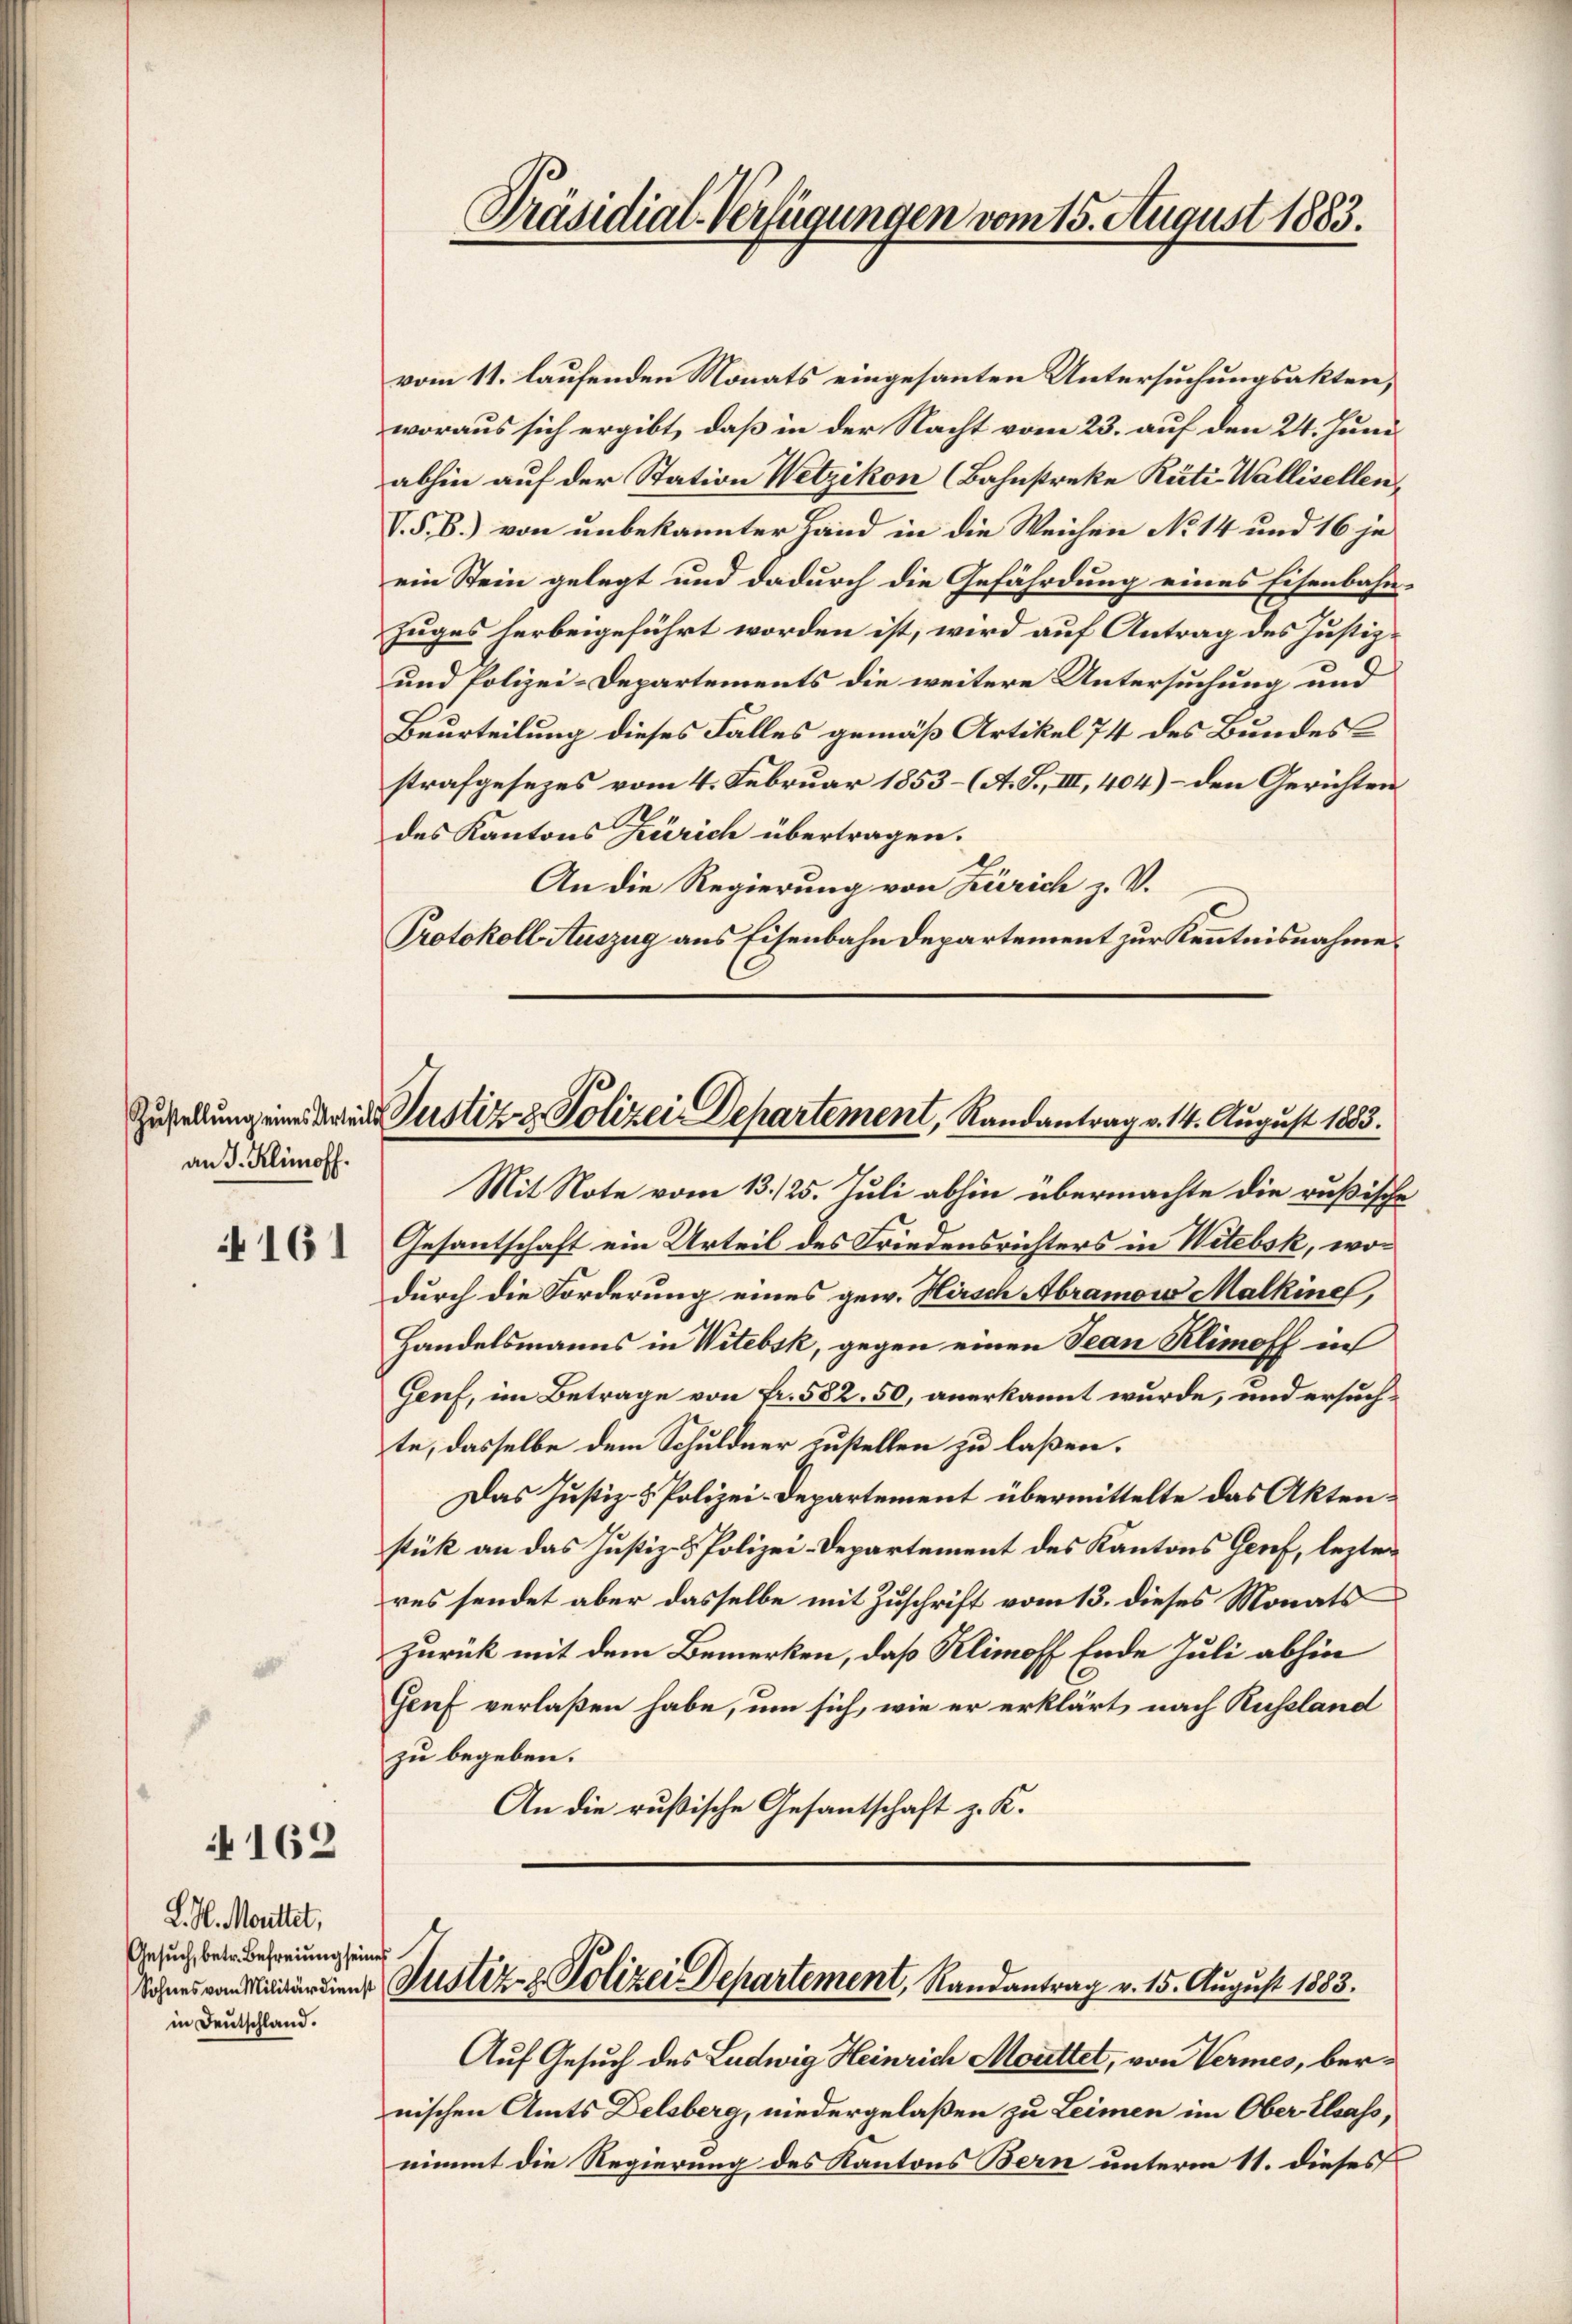
an J. Klimoff.

161

4162

L. H. Morittet,
Gesuch, betr. Befreiung seines
Sohnes vom Militärdienst
in Deutschland.

vom 11. laufenden Monats eingesanten Untersuchungsakten,
woraus sich ergibt, daß in der Nacht vom 23. auf den 24. Juni
abhin auf der Station Wetzikon (Bahnstreke Rüti-Wallisellen,
V. S. B.) von unbekannter Hand in die Weichen No 14 und 16 je
ein Stein gelegt und dadurch die Gefährdung eines Eisenbahn¬
Zuges herbeigeführt worden ist, wird auf Antrag des Justiz.
und Polizei-Departements die weitere Untersuchung und
Beurteilung dieses Falles gemäß Artikel 74 des Bundesstrafgesezes vom 4. Februar 1853 – (A. S., III, 404) - den Gerichten
des Kantons Zürich übertragen.
An die Regierung von Zürich z. V.
Protokoll Auszug aus Eisenbahndepartement zur Kenntnisnahme.

Präsidial-Verfügungen vom 15. August 1883.

Zustellung eines Kreis Justiz- & Polizei Departement, Randantrag v. 14. August 1883.

Auf Gesuch des Ludwig Heinrich Moattet, von Vermes, bernischen Amts Delsberg, niedergelaßen zu Leimen im Ober- Elsass,
nimmt die Regierung des Kantons Bern unterm 11. dieses

Mit Note vom 13./25. Juli abhin übermachte die rußische
Gesantschaft ein Urteil des Friedensrichters in Witebsk, wodurch die Forderung eines gew. Hirsch Abramow Malkine,
Handelsmanns in Witebsk, gegen einen Jean Klimoff in
Genf, im Betrage von Fr. 582. 50, anerkannt wurde, und ersuchte, dasselbe dem Schuldner zustellen zu laßen.
Das Justiz- & Polizei-Departement übermittelte das Aktenstük an das Justiz- & Polizei-Departement des Kantons Genf, lezter
res sendet aber dasselbe mit Zuschrift vom 13. dieses Monats
zurück mit dem Bemerken, daß Klimoff Ende Juli abhin
Genf verlaßen habe, um sich, wie er erklärt nach Russland
zu begeben.
An die rußische Gesantschaft z. K.

Justiz- & Polizei Departement, Randantrag v. 15. August 1883.